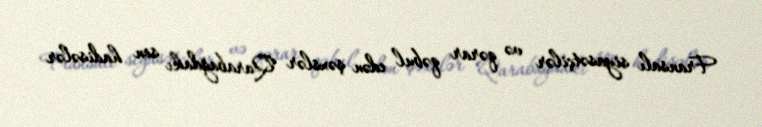
Fransalı siyasətçilər və qərar qəbul edən şəxslər Qarabağdakı son hadisələr